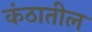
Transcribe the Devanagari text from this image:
कंठातील